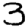
Digit: 3